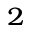
^ { 2 }